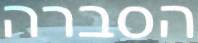
הסברה